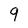
Character: 9